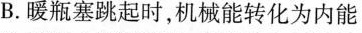
B.暖瓶塞跳起时，机械能转化为内能